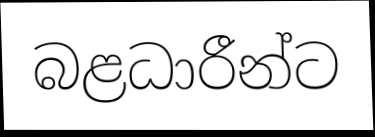
බළධාරීන්ට